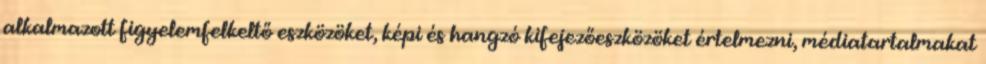
alkalmazott figyelemfelkeltő eszközöket, képi és hangzó kifejezőeszközöket értelmezni, médiatartalmakat